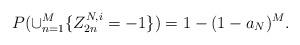
LaTeX: \begin{align*}P(\cup_{n=1}^M\{Z_{2n}^{N,i}=-1\})=1-(1-a_N)^M.\end{align*}